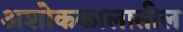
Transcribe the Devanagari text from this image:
अशोककालातील